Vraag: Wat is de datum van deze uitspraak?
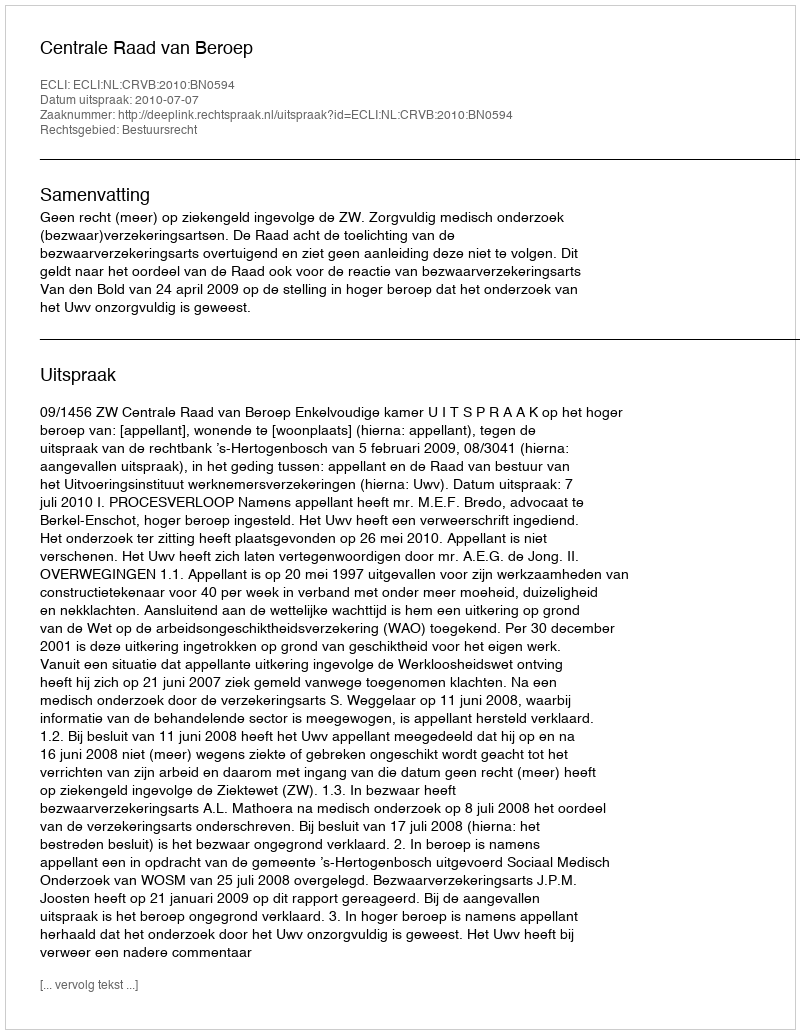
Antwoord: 2010-07-07